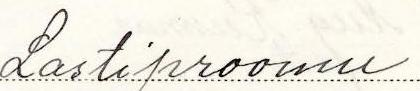
Lastiproomu